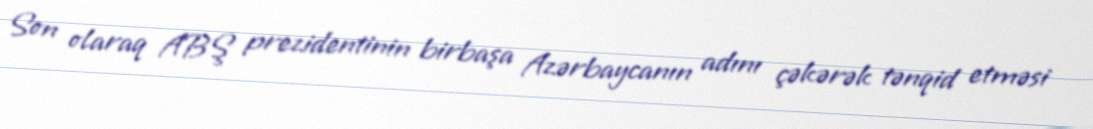
Son olaraq ABŞ prezidentinin birbaşa Azərbaycanın adını çəkərək tənqid etməsi